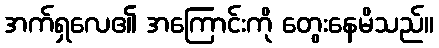
အက်ရှလေ၏ အကြောင်းကို တွေးနေမိသည်။